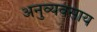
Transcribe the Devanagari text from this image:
अनुव्यवसाय